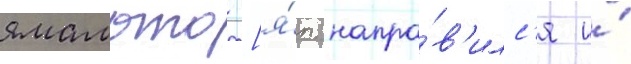
ямамото [я́п. напра́в'илс'я и́